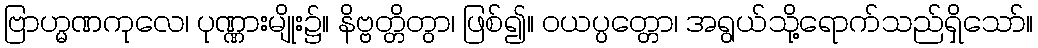
ဗြာဟ္မဏကုလေ၊ ပုဏ္ဏားမျိုး၌။ နိဗ္ဗတ္တိတွာ၊ ဖြစ်၍။ ဝယပ္ပတ္တော၊ အရွယ်သို့ရောက်သည်ရှိသော်။